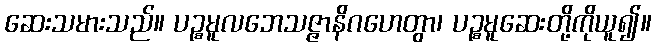
ဆေးသမားသည်။ ပဉ္စမူလဘေသဇ္ဇာနိဂဟေတွာ၊ ပဉ္စမူဆေးတို့ကိုယူ၍။